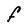
Character: F